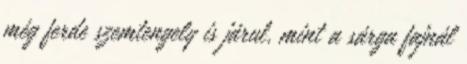
még ferde szemtengely is járul, mint a sárga fajnál